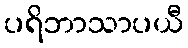
ပရိဘာသာပယီ